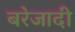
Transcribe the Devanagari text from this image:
बरेजादी